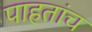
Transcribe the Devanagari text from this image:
पाहतांच